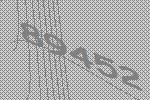
89452